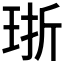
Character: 𪻢